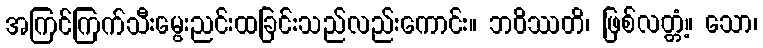
အကြင်ကြက်သီးမွေးညင်းထခြင်းသည်လည်းကောင်း။ ဘဝိဿတိ၊ ဖြစ်လတ္တံ့။ သော၊